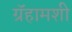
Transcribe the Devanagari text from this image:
ग्रॅहामशी